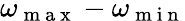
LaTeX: \omega_{\mathrm{~m~a~x~}}-\omega_{\mathrm{~m~i~n~}}